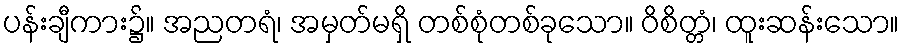
ပန်းချီကား၌။ အညတရံ၊ အမှတ်မရှိ တစ်စုံတစ်ခုသော။ ဝိစိတ္တံ၊ ထူးဆန်းသော။